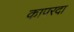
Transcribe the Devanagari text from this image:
कापरदा